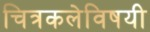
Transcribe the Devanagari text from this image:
चित्रकलेविषयी